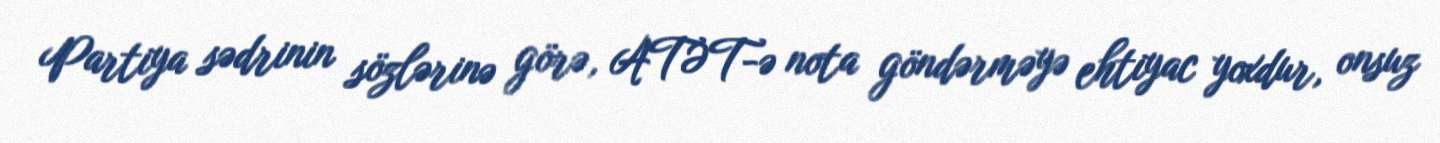
Partiya sədrinin sözlərinə görə, ATƏT-ə nota göndərməyə ehtiyac yoxdur, onsuz